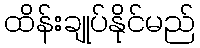
ထိန်းချုပ်နိုင်မည်